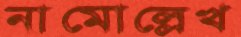
নামোল্লেখ